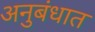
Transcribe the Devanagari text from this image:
अनुबंधात